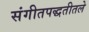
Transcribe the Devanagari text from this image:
संगीतपद्धतीतले